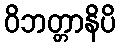
ဝိဘတ္တာနိပိ